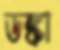
ডঙ্কা